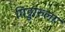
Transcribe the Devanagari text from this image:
गिड्डारुला